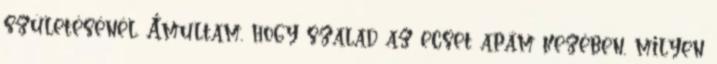
születésénél. Ámultam, hogy szalad az ecset apám kezében, milyen